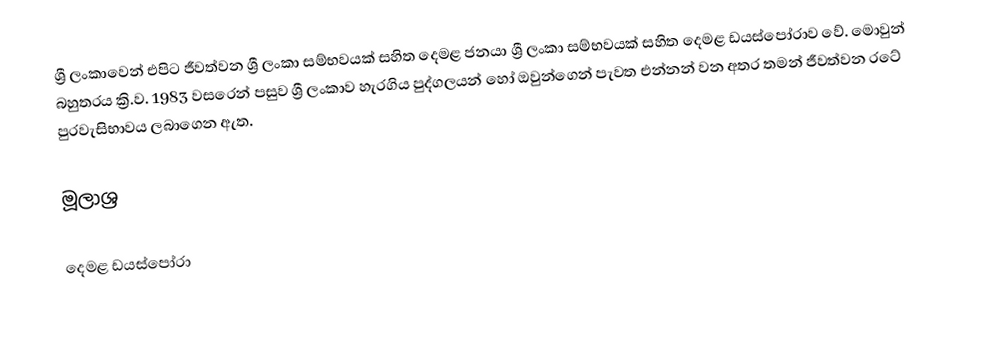
ශ්‍රී ලංකාවෙන් එපිට ජීවත්වන ශ්‍රී ලංකා සම්භවයක් සහිත දෙමළ ජනයා ශ්‍රී ලංකා සම්භවයක් සහිත දෙමළ ඩයස්පෝරාව වේ. මොවුන් බහුතරය ක්‍රි.ව. 1983 වසරෙන් පසුව ශ්‍රී ලංකාව හැරගිය පුද්ගලයන් හෝ ඔවුන්ගෙන් පැවත එන්නන් වන අතර තමන් ජීවත්වන රටේ පුරවැසිභාවය ලබාගෙන ඇත.

මූලාශ්‍ර

දෙමළ ඩයස්පෝරා